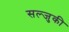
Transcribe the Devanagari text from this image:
सल्जुकी